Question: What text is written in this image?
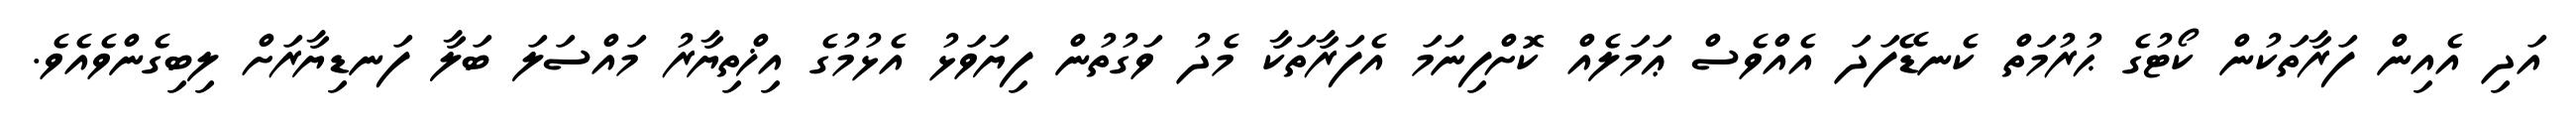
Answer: އަދި އެއިން ފަރާތަކުން ކޯޓުގެ ޙުރުމަތް ކެނޑޭފަދަ އެއްވެސް ޢަމަލެއް ކޮށްފިނަމަ އެފަރާތަކާ މެދު ވަގުތުން ފިޔަވަޅު އެޅުމުގެ އިޚްތިޔާރު މައްސަލަ ބަލާ ފަނޑިޔާރަށް ލިބިގެންވެއެވެ.